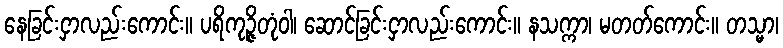
နေခြင်းငှာလည်းကောင်း။ ပရိကုဉ္ဇိတုံဝါ၊ ဆောင်ခြင်းငှာလည်းကောင်း။ နသက္ကာ၊ မတတ်ကောင်း။ တသ္မာ၊